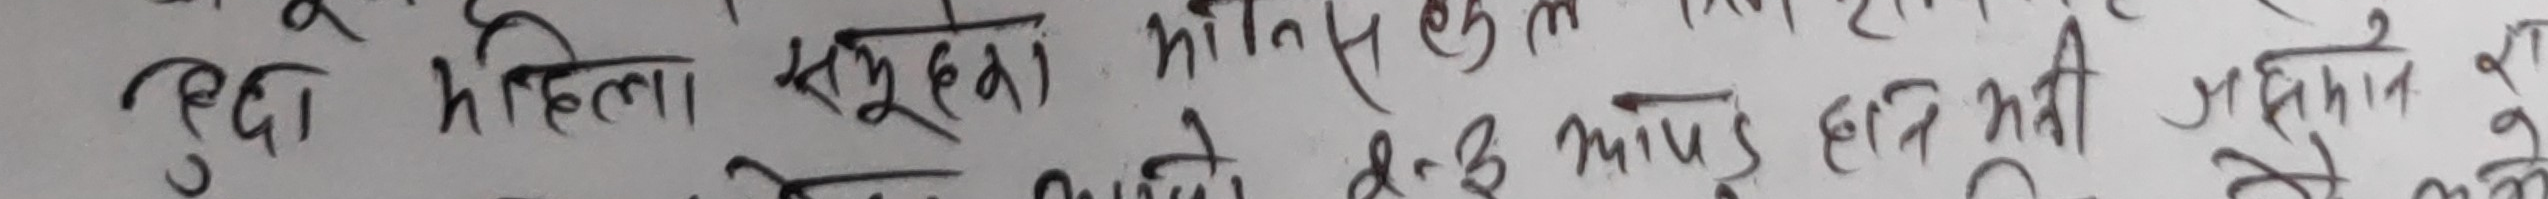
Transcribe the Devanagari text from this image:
बुदा महिला सुहुनो। ओनिस्तुतेक मइल नामयास मय दबड़ अब मय हरु भनी जसरी